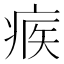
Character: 𤶥